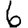
Digit: 6